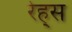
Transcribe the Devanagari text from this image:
रेह्स